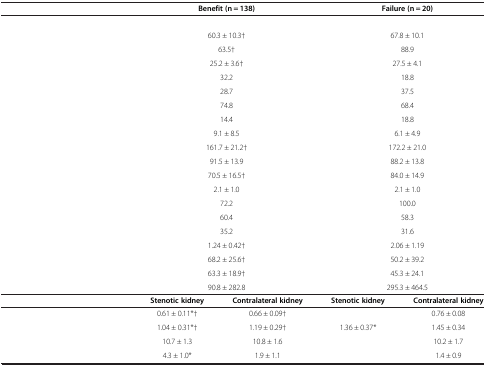
<table><thead><tr><td>[EMPTY_CELL]</td><td colspan="2"><b>Benefit (n = 138)</b></td><td colspan="2"><b>Failure (n = 20)</b></td></tr></thead><tbody><tr><td>[EMPTY_CELL]</td><td colspan="2">[EMPTY_CELL]</td><td colspan="2">[EMPTY_CELL]</td></tr><tr><td>[EMPTY_CELL]</td><td colspan="2">60.3 ± 10.3†</td><td colspan="2">67.8 ± 10.1</td></tr><tr><td>[EMPTY_CELL]</td><td colspan="2">63.5†</td><td colspan="2">88.9</td></tr><tr><td>[EMPTY_CELL]</td><td colspan="2">25.2 ± 3.6†</td><td colspan="2">27.5 ± 4.1</td></tr><tr><td>[EMPTY_CELL]</td><td colspan="2">32.2</td><td colspan="2">18.8</td></tr><tr><td>[EMPTY_CELL]</td><td colspan="2">28.7</td><td colspan="2">37.5</td></tr><tr><td>[EMPTY_CELL]</td><td colspan="2">74.8</td><td colspan="2">68.4</td></tr><tr><td>[EMPTY_CELL]</td><td colspan="2">14.4</td><td colspan="2">18.8</td></tr><tr><td>[EMPTY_CELL]</td><td colspan="2">9.1 ± 8.5</td><td colspan="2">6.1 ± 4.9</td></tr><tr><td>[EMPTY_CELL]</td><td colspan="2">161.7 ± 21.2†</td><td colspan="2">172.2 ± 21.0</td></tr><tr><td>[EMPTY_CELL]</td><td colspan="2">91.5 ± 13.9</td><td colspan="2">88.2 ± 13.8</td></tr><tr><td>[EMPTY_CELL]</td><td colspan="2">70.5 ± 16.5†</td><td colspan="2">84.0 ± 14.9</td></tr><tr><td>[EMPTY_CELL]</td><td colspan="2">2.1 ± 1.0</td><td colspan="2">2.1 ± 1.0</td></tr><tr><td>[EMPTY_CELL]</td><td colspan="2">72.2</td><td colspan="2">100.0</td></tr><tr><td>[EMPTY_CELL]</td><td colspan="2">60.4</td><td colspan="2">58.3</td></tr><tr><td>[EMPTY_CELL]</td><td colspan="2">35.2</td><td colspan="2">31.6</td></tr><tr><td>[EMPTY_CELL]</td><td colspan="2">1.24 ± 0.42†</td><td colspan="2">2.06 ± 1.19</td></tr><tr><td>[EMPTY_CELL]</td><td colspan="2">68.2 ± 25.6†</td><td colspan="2">50.2 ± 39.2</td></tr><tr><td>[EMPTY_CELL]</td><td colspan="2">63.3 ± 18.9†</td><td colspan="2">45.3 ± 24.1</td></tr><tr><td>[EMPTY_CELL]</td><td colspan="2">90.8 ± 282.8</td><td colspan="2">295.3 ± 464.5</td></tr><tr><td>[EMPTY_CELL]</td><td><b>Stenotic kidney</b></td><td><b>Contralateral kidney</b></td><td><b>Stenotic kidney</b></td><td><b>Contralateral kidney</b></td></tr><tr><td>[EMPTY_CELL]</td><td>0.61 ± 0.11*†</td><td>0.66 ± 0.09†</td><td>[EMPTY_CELL]</td><td>0.76 ± 0.08</td></tr><tr><td>[EMPTY_CELL]</td><td>1.04 ± 0.31*†</td><td>1.19 ± 0.29†</td><td>1.36 ± 0.37*</td><td>1.45 ± 0.34</td></tr><tr><td>[EMPTY_CELL]</td><td>10.7 ± 1.3</td><td>10.8 ± 1.6</td><td>[EMPTY_CELL]</td><td>10.2 ± 1.7</td></tr><tr><td>[EMPTY_CELL]</td><td>4.3 ± 1.0*</td><td>1.9 ± 1.1</td><td>[EMPTY_CELL]</td><td>1.4 ± 0.9</td></tr></tbody></table>